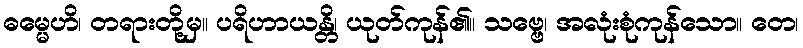
ဓမ္မေဟိ၊ တရားတို့မှ။ ပရိဟာယန္တိ၊ ယုတ်ကုန်၏။ သဗ္ဗေ၊ အလုံးစုံကုန်သော။ တေ၊